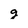
Character: g